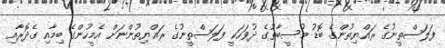
ފަލަސްތީނުގެ ރައްޔިތުންގެ ބޮޑު މުސީބާތުގެ ދުވަހަކީ ފަލަސްތީނުގެ ރައްޔިތުންނަށް އެމީހުންގެ ބިމާއި ގެދޮރާއި